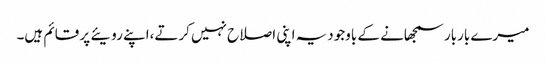
میرے باربار سمجھانے کے باوجودیہ اپنی اصلاح نہیں کرتے،اپنے رویئے پر قائم ہیں۔